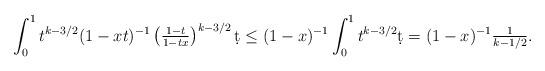
LaTeX: \begin{align*}\int_{0}^{1}t^{k-3/2}(1-xt)^{-1}\left(\tfrac{1-t}{1-tx}\right)^{k-3/2}\d t \leq (1-x)^{-1} \int_{0}^{1}t^{k-3/2}\d t=(1-x)^{-1}\tfrac{1}{k-1/2}. \end{align*}